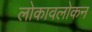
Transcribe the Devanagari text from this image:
लोकावलोकन